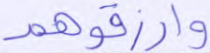
وارزقوهم